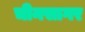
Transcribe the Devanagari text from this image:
चीनसागर